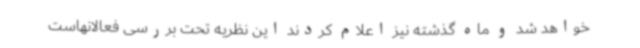
خواهد شد و ماه گذشته نیز اعلام کردند این نظریه تحت بررسی فعالانهاست